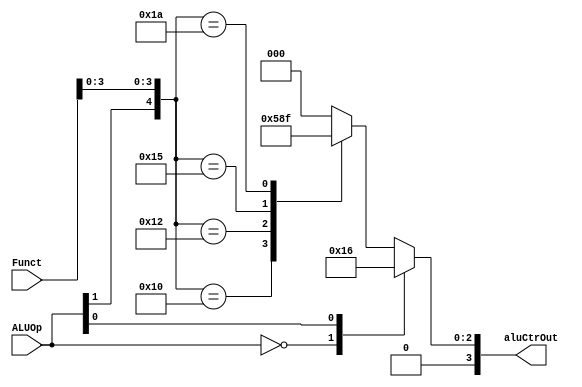
module ALUctr(
    input [5:0]Funct,
    input [1:0]ALUOp,
    output reg [3:0]aluCtrOut
);

always @ (ALUOp or Funct)
begin 
    casex ({ALUOp,Funct})
        8'b00xxxxxx: aluCtrOut = 4'b0010;
        8'bx1xxxxxx: aluCtrOut = 4'b0110;
        8'b1xxx0000: aluCtrOut = 4'b0010;
        8'b1xxx0010: aluCtrOut = 4'b0110;
        8'b1xxx0100: aluCtrOut = 4'b0000;
        8'b1xxx0101: aluCtrOut = 4'b0001;
        8'b1xxx1010: aluCtrOut = 4'b0111;
        default: aluCtrOut = 4'b0000;
    endcase
end 
endmodule